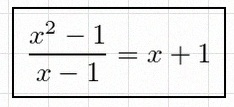
\frac{x^2-1}{x-1}=x+1